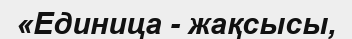
«Единица - жақсысы,